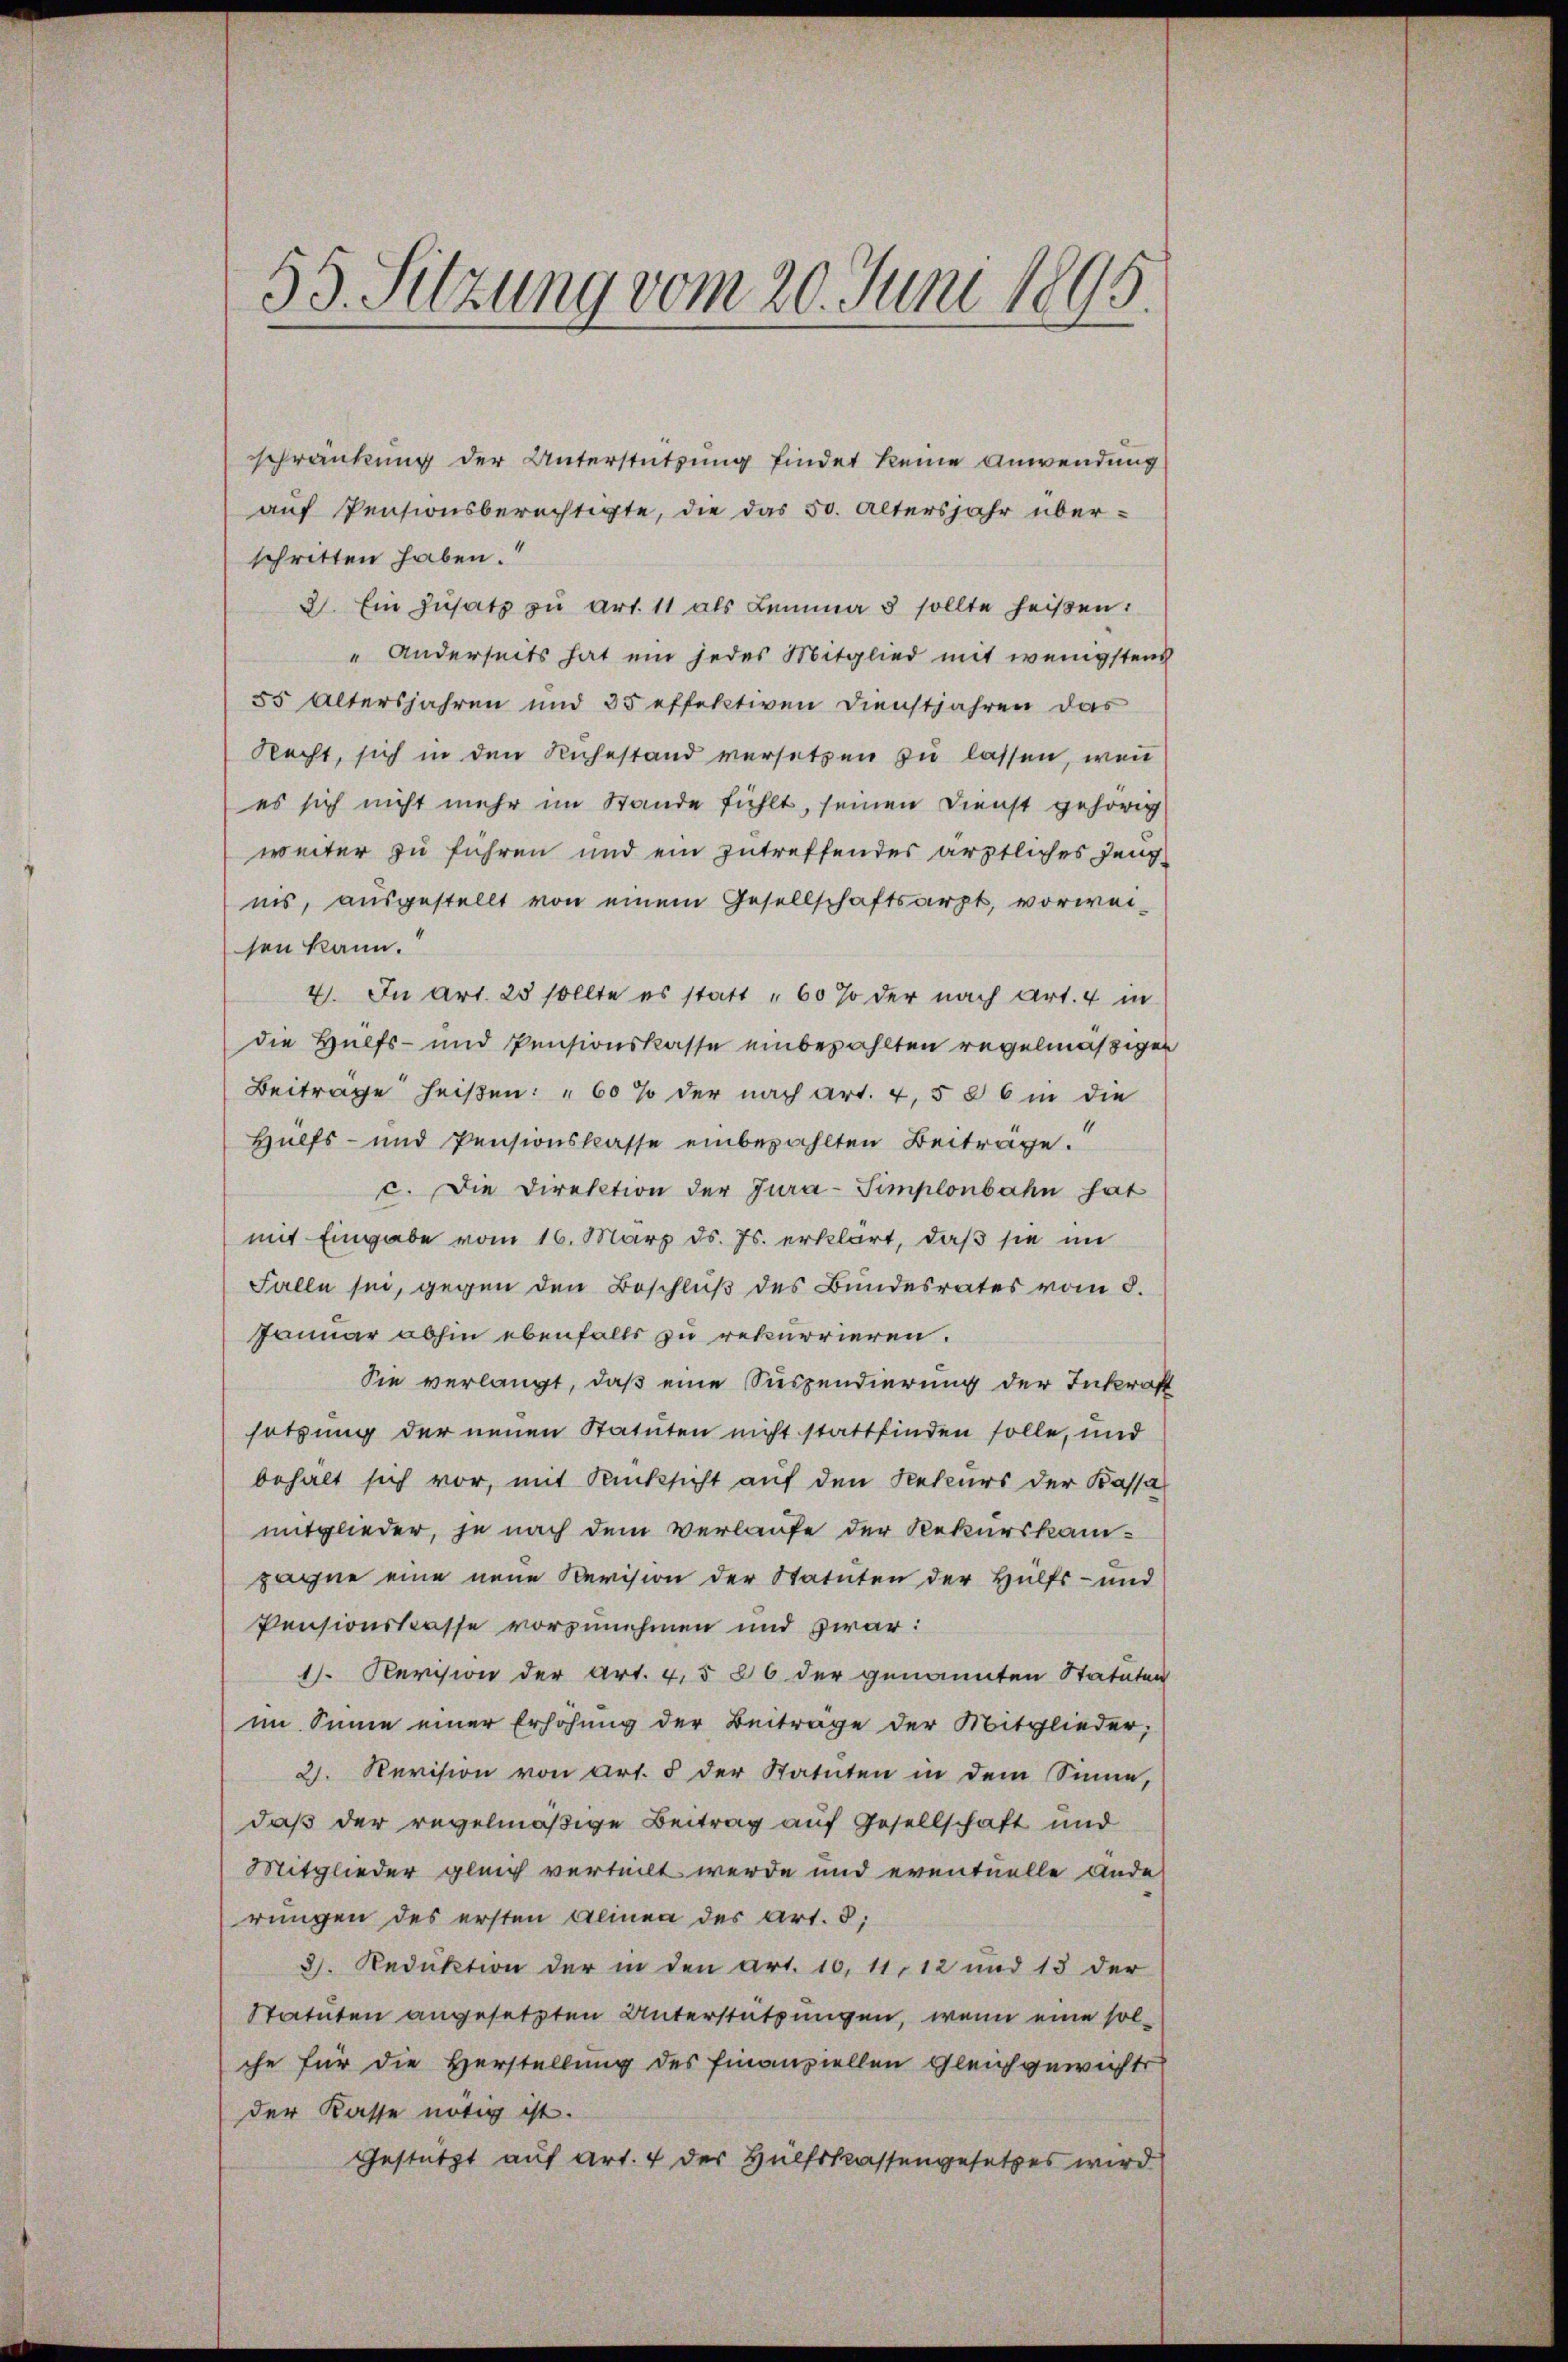
55. Sitzung vom 20. Juni 1895.

schränkung der Unterstützung findet keine Anwendung
auf Pensionsberechtigte, die das 50. altersjahr überschritten haben.
2. Ein Zusatz zu Art. 11 als Lemma 5 sollte heißen:
" Anderseits hat ein jedes Mitglied mit wenigstens
55 Altersjahren und 35 effektiven Dienstjahren das
Recht, sich in den Ruhestand versetzen zu lassen, wenn
es sich nicht mehr im Stande fühlt, seinen Dienst gehörig
weiter zu führen und ein zutreffendes ärztliches Zeugins, ausgestellt von einem Gesellschaftsarzt, vorweisen kann.
4. In Art. 23 sollte es statt "60 % der nach Art. 4 in
die Hülfs- und Pensionskasse einbezahlten regelmässigen
Beiträge heißen: "60 % der nach Art. 4, 5 § 6 in die
Hülfs- und Pensionskasse einbezahlten Beitrage.
c. Die Direktion der Jura-Simplonbahn hat
mit Eingabe vom 16. März ds. Js. erklärt, daß sie im
Falle sei, gegen den Beschluß des Bundesrates vom 8.
Januar abhin ebenfalls zu rekurrieren.
Sie verlangt, daß eine Suspendierung der Inkraft
setzung der neuen Statuten nicht stattfinden solle, und
behalt sich vor, mit Rücksicht auf den Rekurs der Kassa
mitglieder, je nach dem verlaufe der Rekurskamzaghne eine neue Revision der Statuten der Hülfs- und
Pensionskasse vorzunehmen und zwar:
11. Revision der Art. 4, § 26 der genannten Statuten
im Sinne einer Erhöhung der Beitrage der Mitglieder,
2. Revision von Art. 5 der Statuten in dem Sinne,
daß der regelmäßige Beitrag auf Gesellschaft und
Mitglieder gleich verteilt werde und eventuelle Ande
rungen des ersten Alinea des Art. 5;
3. Reduktion der in den Art. 10, 11, 12 und 13 der
Statuten angesetzten Unterstützungen, wenn eine solche für die Herstellung des finanziellen Gleichgewichte
der Kasse nötig ist.
Gestützt auf Art. 4 der Hülfskassengesetzes wird